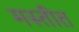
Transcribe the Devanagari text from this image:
मस्तीत